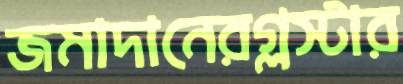
জমাদানেরগ্লস্টার